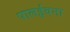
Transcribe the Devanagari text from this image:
पालईवना